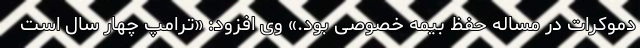
دموکرات در مساله حفظ بیمه خصوصی بود.» وی افزود: «ترامپ چهار سال است